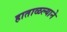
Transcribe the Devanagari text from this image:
हाताळल्याने